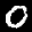
Label: 0